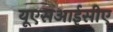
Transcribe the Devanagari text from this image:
यूएसआईसीए